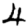
Digit: 4